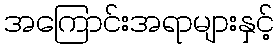
အကြောင်းအရာများနှင့်